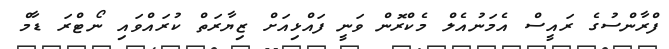
ފްރާންސުގެ ރައީސް އެމަނުއެލް މެކްރޮން ވަނީ ފައްޅިއަށް ޒިޔާރަތް ކުރައްވައި ނޯޓްރަ ޑާމް